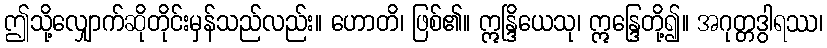
ဤသို့လျှောက်ဆိုတိုင်းမှန်သည်လည်း။ ဟောတိ၊ ဖြစ်၏။ ဣန္ဒြိယေသု၊ ဣန္ဒြေတို့၍။ အဂုတ္တဒွါရဿ၊